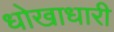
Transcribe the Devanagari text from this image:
धोखाधारी